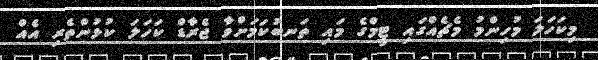
މިކަހަލަ މުހިންމު މެޗެއްގައި ޓީމްގެ މައި ތަނބުކަމަށްވާ ޖެރާޑް ކަހަލަ ކުޅުންތެރި އެއް